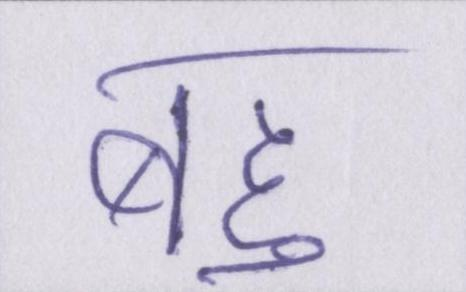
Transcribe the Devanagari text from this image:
बहु